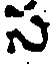
స